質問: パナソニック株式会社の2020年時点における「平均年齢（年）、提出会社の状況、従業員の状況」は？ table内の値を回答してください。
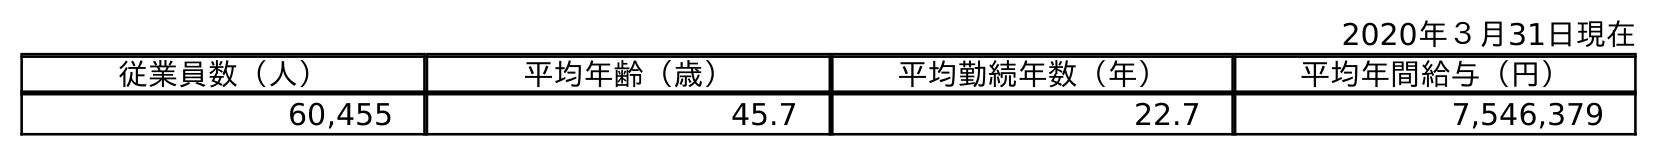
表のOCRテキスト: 2020年３月31日現在 従業員数（人） 平均年齢（歳） 平均勤続年数（年） 平均年間給与（円） 60,455 45.7 22.7 7,546,379
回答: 45.7